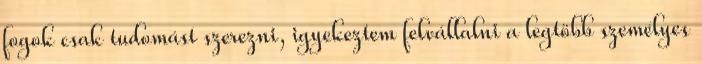
fogok csak tudomást szerezni, igyekeztem felvállalni a legtöbb személyes